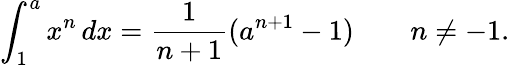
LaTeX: \int_{1}^{a}x^{n}\, dx={\frac{1}{n+1}}(a^{n+1}-1)\qquad n\neq-1.